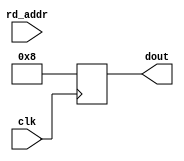
module ipsxe_floating_point_rom_operation (
    input clk,
    input [3:0] rd_addr,
    output reg [7:0] dout
);

always @(posedge clk) begin: blk_rom_operation
    case(rd_addr)
    4'd0: dout <= {2'b0, 3'b001, 2'b0, 1'b0};
    4'd1: dout <= {2'b0, 3'b001, 2'b0, 1'b0};
    4'd2: dout <= {2'b0, 3'b001, 2'b0, 1'b0};
    4'd3: dout <= {2'b0, 3'b001, 2'b0, 1'b0};
    default: dout <= {2'b0, 3'b001, 2'b0, 1'b0};
    endcase
end

endmodule